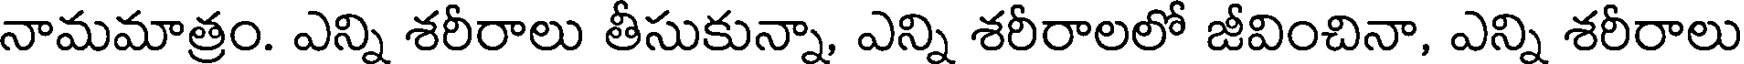
నామమాత్రం. ఎన్ని శరీరాలు తీసుకున్నా, ఎన్ని శరీరాలలో జీవించినా, ఎన్ని శరీరాలు